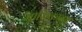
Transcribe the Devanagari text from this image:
मासिकातच